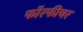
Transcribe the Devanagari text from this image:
फॉरफीचर